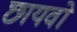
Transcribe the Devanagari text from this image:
छायवो